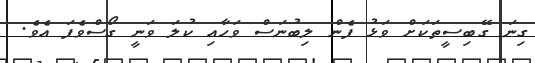
ގިނަ ގޭބިސީތަކަށް ވަޅު ފެން ލިބުނަސް ވަހާއި ކުލަ ވަނީ ގޯސްވެފަ އެވެ.